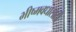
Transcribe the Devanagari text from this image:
भीष्मवधासाठी